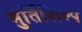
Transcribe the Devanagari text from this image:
मुर्तिशिल्प